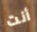
أنت